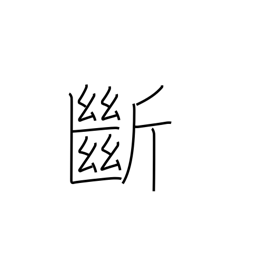
Meaning: cut off